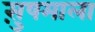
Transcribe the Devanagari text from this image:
सु़षमाला